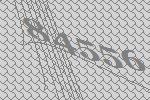
84556